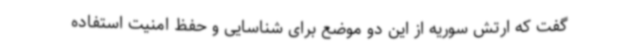
گفت که ارتش سوریه از این دو موضع برای شناسایی و حفظ امنیت استفاده